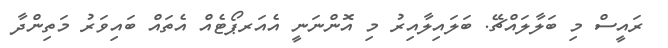
ރައީސް މި ބަލާލައްޗޭ. ބަލައިލާއިރު މި އޮންނަނީ އެއަރޕޯޓެއް އެތައް ބައިވަރު މަތިންދާ